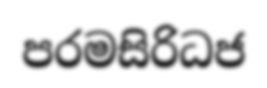
පරමසිරිධජ